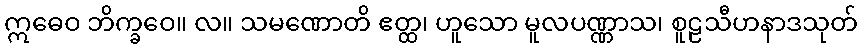
ဣဓေဝ ဘိက္ခဝေ။ လ။ သမဏောတိ ဧတ္ထ၊ ဟူသော မူလပဏ္ဏာသ၊ စူဠသီဟနာဒသုတ်